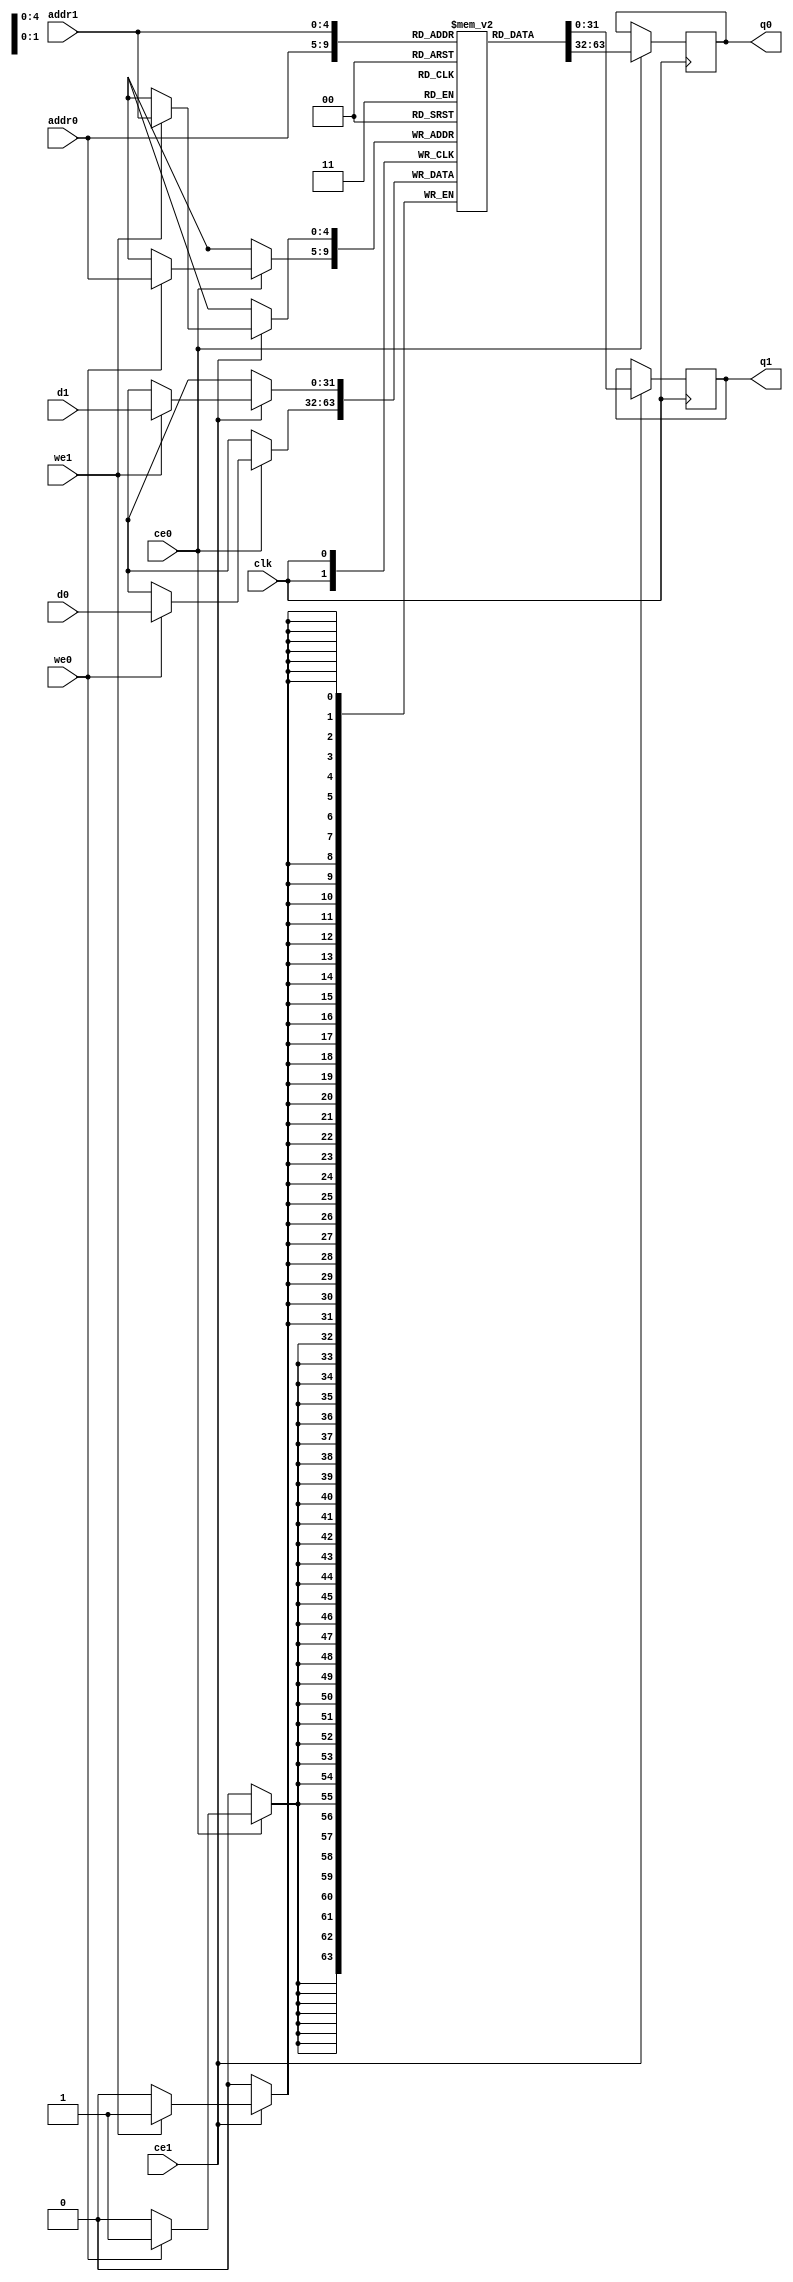
// ==============================================================
// File generated on Sun May 31 15:49:39 +0530 2020
// Vivado(TM) HLS - High-Level Synthesis from C, C++ and SystemC v2018.3 (64-bit)
// SW Build 2405991 on Thu Dec  6 23:38:27 MST 2018
// IP Build 2404404 on Fri Dec  7 01:43:56 MST 2018
// Copyright 1986-2018 Xilinx, Inc. All Rights Reserved.
// ==============================================================
`timescale 1 ns / 1 ps
module MixColumn_AddRoundEe_ram (addr0, ce0, d0, we0, q0, addr1, ce1, d1, we1, q1,  clk);

parameter DWIDTH = 32;
parameter AWIDTH = 5;
parameter MEM_SIZE = 32;

input[AWIDTH-1:0] addr0;
input ce0;
input[DWIDTH-1:0] d0;
input we0;
output reg[DWIDTH-1:0] q0;
input[AWIDTH-1:0] addr1;
input ce1;
input[DWIDTH-1:0] d1;
input we1;
output reg[DWIDTH-1:0] q1;
input clk;

(* ram_style = "block" *)reg [DWIDTH-1:0] ram[0:MEM_SIZE-1];




always @(posedge clk)  
begin 
    if (ce0) 
    begin
        if (we0) 
        begin 
            ram[addr0] <= d0; 
        end 
        q0 <= ram[addr0];
    end
end


always @(posedge clk)  
begin 
    if (ce1) 
    begin
        if (we1) 
        begin 
            ram[addr1] <= d1; 
        end 
        q1 <= ram[addr1];
    end
end


endmodule

`timescale 1 ns / 1 ps
module MixColumn_AddRoundEe(
    reset,
    clk,
    address0,
    ce0,
    we0,
    d0,
    q0,
    address1,
    ce1,
    we1,
    d1,
    q1);

parameter DataWidth = 32'd32;
parameter AddressRange = 32'd32;
parameter AddressWidth = 32'd5;
input reset;
input clk;
input[AddressWidth - 1:0] address0;
input ce0;
input we0;
input[DataWidth - 1:0] d0;
output[DataWidth - 1:0] q0;
input[AddressWidth - 1:0] address1;
input ce1;
input we1;
input[DataWidth - 1:0] d1;
output[DataWidth - 1:0] q1;



MixColumn_AddRoundEe_ram MixColumn_AddRoundEe_ram_U(
    .clk( clk ),
    .addr0( address0 ),
    .ce0( ce0 ),
    .we0( we0 ),
    .d0( d0 ),
    .q0( q0 ),
    .addr1( address1 ),
    .ce1( ce1 ),
    .we1( we1 ),
    .d1( d1 ),
    .q1( q1 ));

endmodule